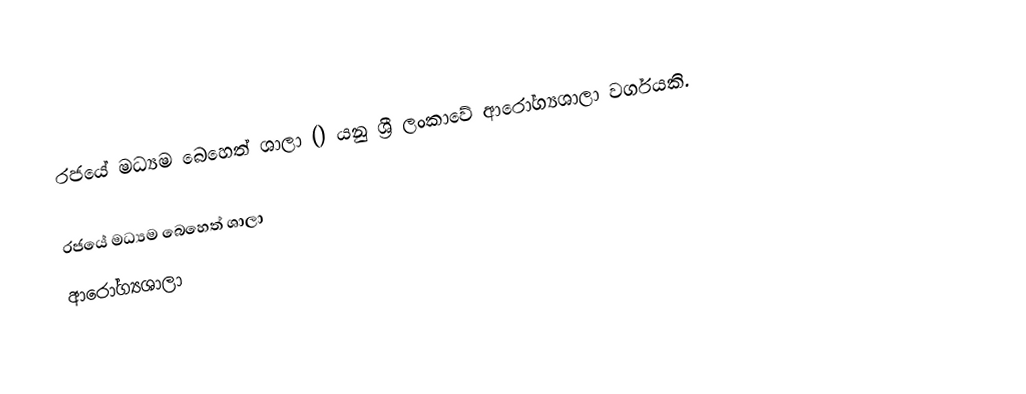
රජයේ මධ්‍යම බෙහෙත් ශාලා () යනු  ශ්‍රී ලංකාවේ ආරෝග්‍යශාලා වර්ගයකි.

රජයේ මධ්‍යම බෙහෙත් ශාලා
ආරෝග්‍යශාලා